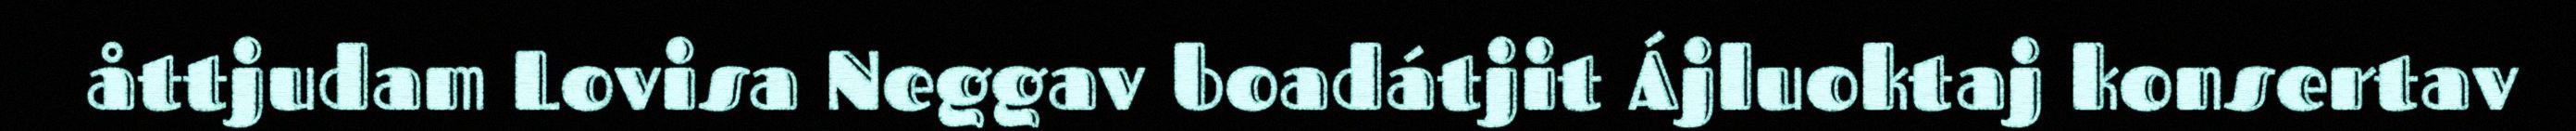
åttjudam Lovisa Neggav boadátjit Ájluoktaj konsertav